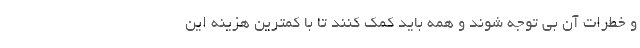
و خطرات آن بی توجه شوند و همه باید کمک کنند تا با کمترین هزینه این